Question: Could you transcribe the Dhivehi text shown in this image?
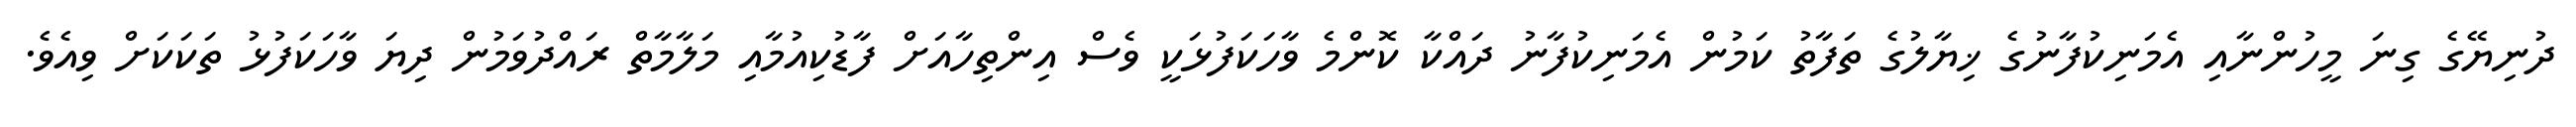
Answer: ދުނިޔޭގެ ގިނަ މީހުންނާއި އެމަނިކުފާނުގެ ޚިޔާލުގެ ތަފާތު ކަމުން އެމަނިކުފާނު ދައްކާ ކޮންމެ ވާހަކަފުޅަކީ ވެސް އިންތިހާއަށް ފާޑުކިއުމާއި މަލާމާތް ރައްދުވަމުން ދިޔަ ވާހަކަފުޅު ތަކަކަށް ވިއެވެ.